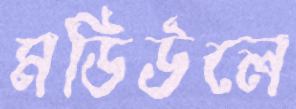
মডিউলে